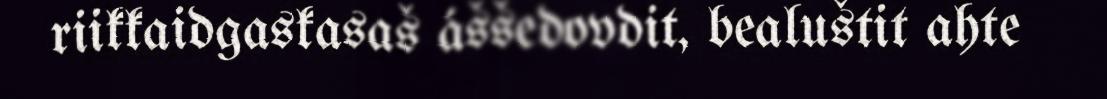
riikkaidgaskasaš áššedovdit, bealuštit ahte